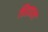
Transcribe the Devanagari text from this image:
चिडवाल